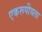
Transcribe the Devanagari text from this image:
एकरूपीयता